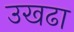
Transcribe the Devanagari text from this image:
उखढा